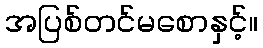
အပြစ်တင်မစောနှင့်။